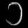
Digit: ၁